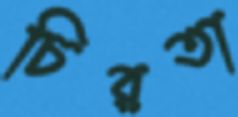
চিরতা